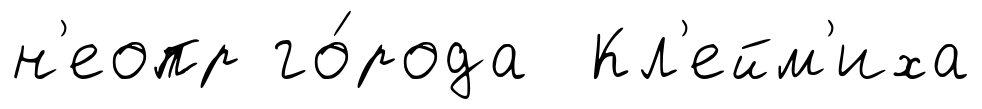
н'еопр го́рода Кл'ейм'иха